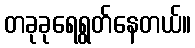
တခုခုရေရွတ်နေတယ်။